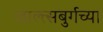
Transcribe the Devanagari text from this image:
जाल्त्सबुर्गच्या